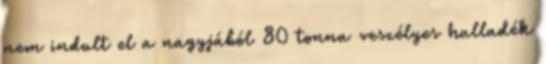
nem indult el a nagyjából 80 tonna veszélyes hulladék